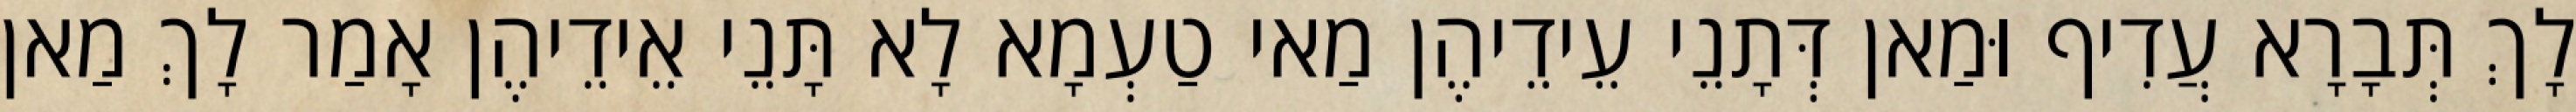
לָךְ תְּבָרָא עֲדִיף וּמַאן דְּתָנֵי עֵידֵיהֶן מַאי טַעְמָא לָא תָּנֵי אֵידֵיהֶן אָמַר לָךְ מַאן